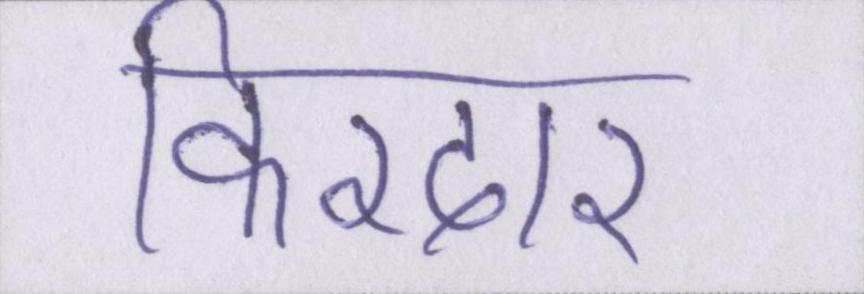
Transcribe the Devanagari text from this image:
किरदार